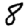
Digit: 8